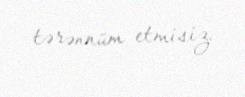
tərənnüm etmisiz.